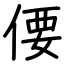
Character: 偠